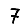
Digit: 7